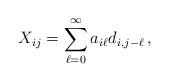
LaTeX: \begin{align*}X_{ij}=\sum_{\ell=0}^{\infty}a_{i\ell}d_{i,j-\ell}\,,\end{align*}